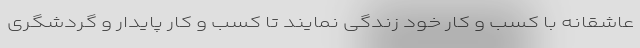
عاشقانه با کسب و کار خود زندگی نمایند تا کسب و کار پایدار و گردشگری